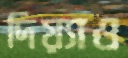
দিয়্যাও